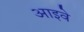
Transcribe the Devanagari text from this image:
आइवे